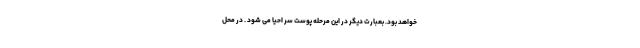
خواهد بود. بعبارت دیگر در این مرحله پوست سر احیا می شود . در محل